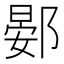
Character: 𫑦